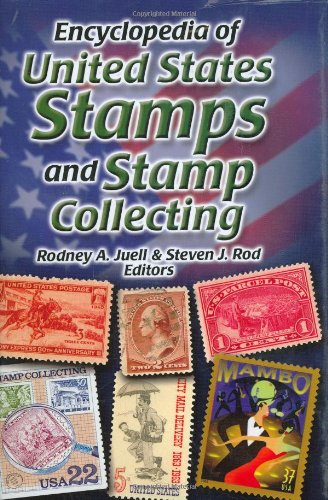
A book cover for Encyclopedia of United States Stamps and Stamp Collecting; Crafts, Hobbies & Home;